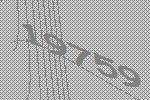
19759